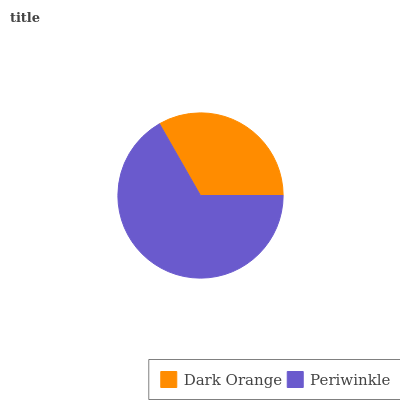
| Dark Orange | Periwinkle |
 | --- | --- |
 | 33.3% | 66.7% |